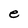
Character: e